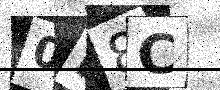
Text: 0D8C